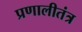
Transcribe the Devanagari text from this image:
प्रणालीतंत्र